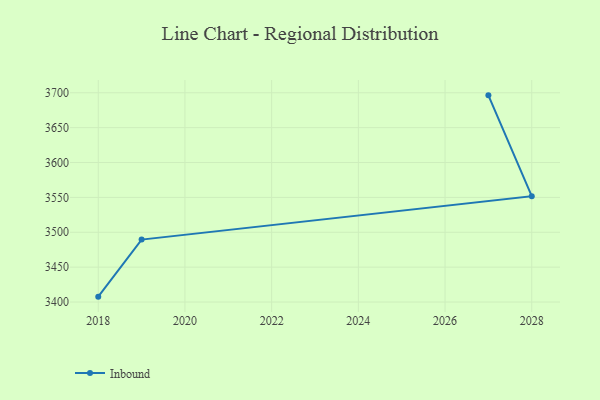
{"axis": {"x": "Year", "y": "Page Views"}, "legend": ["Inbound"], "data": [{"x": "2027", "y": 3696.3, "type": "Inbound"}, {"x": "2028", "y": 3551.7, "type": "Inbound"}, {"x": "2019", "y": 3489.5, "type": "Inbound"}, {"x": "2018", "y": 3407.7, "type": "Inbound"}]}